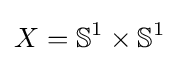
X=\mathbb {S} ^{1}\times \mathbb {S} ^{1}